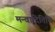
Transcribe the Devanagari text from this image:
मन्वादितिथि